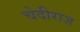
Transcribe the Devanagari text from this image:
चेदीराज